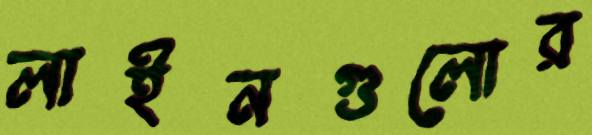
লাইনগুলোর